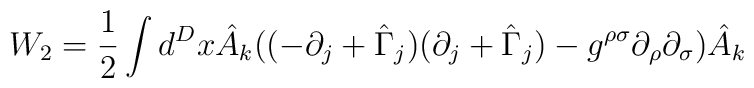
W_{2} =\frac{1}{2}\int d^{D}x\hat{A}_{k}((-\partial_{j}+\hat{\Gamma}_{j})(\partial_{j}+\hat{\Gamma}_{j})-g^{\rho\sigma}\partial_{\rho}\partial_{\sigma})\hat{A}_{k}